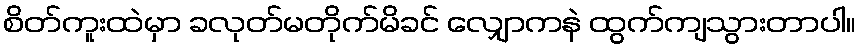
စိတ်ကူးထဲမှာ ခလုတ်မတိုက်မိခင် လျှောကနဲ ထွက်ကျသွားတာပါ။